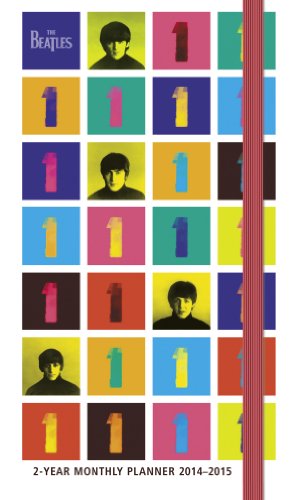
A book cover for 2014 The Beatles 2 Year Pocket Planner; Live Nation; Calendars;